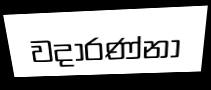
වදාරණ්නා